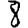
Digit: 8